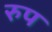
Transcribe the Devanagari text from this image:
रुप